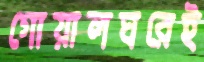
গোয়ালঘরেই